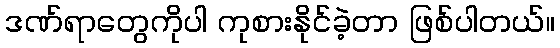
ဒဏ်ရာတွေကိုပါ ကုစားနိုင်ခဲ့တာ ဖြစ်ပါတယ်။